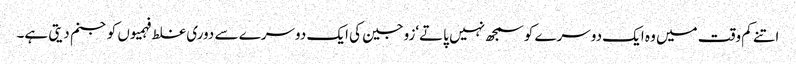
اتنے کم وقت میں وہ ایک دوسرے کوسمجھ نہیں پاتے‘زوجین کی ایک دوسرے سے دوری غلط فہمیوں کوجنم دیتی ہے۔